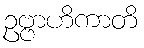
ဥဗ္ဗာဟိကာတိ